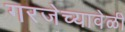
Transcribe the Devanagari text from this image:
गरजेच्यावेळी